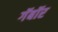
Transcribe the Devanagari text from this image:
गॅबॉर